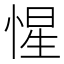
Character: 惺